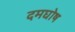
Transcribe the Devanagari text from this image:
दमघोष